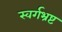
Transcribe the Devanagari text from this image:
स्वर्गभ्रष्ट